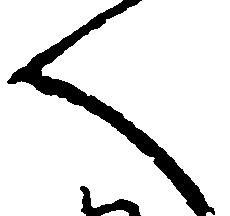
へ